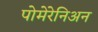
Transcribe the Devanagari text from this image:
पोमेरेनिअन